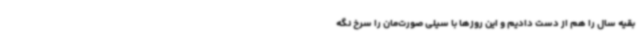
بقیه سال را هم از دست دادیم و این روزها با سیلی صورت‌مان را سرخ نگه